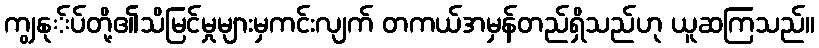
ကျွနု်ပ်တို့၏သိမြင်မှုများမှကင်းလျက် တကယ်အမှန်တည်ရှိသည်ဟု ယူဆကြသည်။